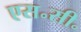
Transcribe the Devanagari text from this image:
एस॰सी॰